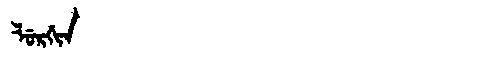
Manchu: ᠯᡠᡵᡤᡳᠨ
Romanization: LURGIN